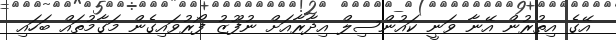
އޭގެ އިތުރުން އޭނާ ވަނީ ކައުންސިލް އިދާރާއަށް ނުފޫޒު ފޯރުވައިގެން މަގާމުތައް ބަހައި